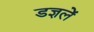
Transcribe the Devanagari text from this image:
डज्ञलें